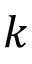
k